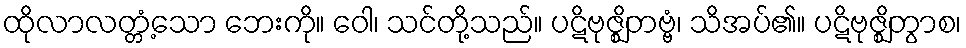
ထိုလာလတ္တံ့သော ဘေးကို။ ဝေါ၊ သင်တို့သည်။ ပဋိဗုဇ္ဈိတဗ္ဗံ၊ သိအပ်၏။ ပဋိဗုဇ္ဈိတွာစ၊